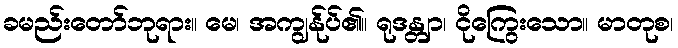
ခမည်းတော်ဘုရား။ မေ၊ အကျွန်ုပ်၏။ ရုဒန္တျာ၊ ငိုကြွေးသော။ မာတုစ၊